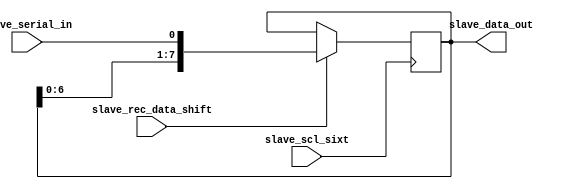
// sipo reg. for recieving data from master
module slave_sipo_data(slave_serial_in, slave_scl_sixt, slave_rec_data_shift, slave_data_out);
input slave_serial_in, slave_rec_data_shift;// 1 bit ka input hooga
input slave_scl_sixt;

output [7:0] slave_data_out;
reg [7:0] slave_temp_data;

always@(posedge slave_scl_sixt)
if (slave_rec_data_shift)
slave_temp_data <= {slave_temp_data[6:0], slave_serial_in}; // left shift hoga
else
slave_temp_data <=slave_temp_data;
assign slave_data_out = slave_temp_data;

endmodule